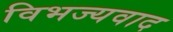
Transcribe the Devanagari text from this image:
विभज्यवाद